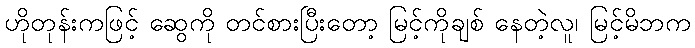
ဟိုတုန်းကဖြင့် ဆွေကို တင်စားပြီးတော့ မြင့်ကိုချစ် နေတဲ့လူ၊ မြင့်မိဘက